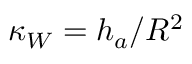
\kappa _ { W } = h _ { a } / R ^ { 2 }